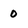
Character: 0